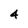
Character: 4